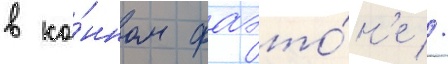
в ко́нном фаэто́н'е //